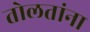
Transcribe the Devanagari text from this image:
तोलतांना